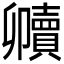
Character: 𮚧